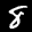
Label: 8